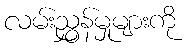
လမ်းညွှန်မှုများကို